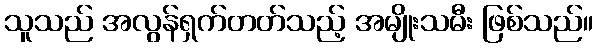
သူသည် အလွန်ရှက်တတ်သည့် အမျိုးသမီး ဖြစ်သည်။